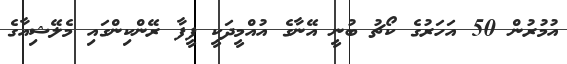
އުމުރުން 50 އަހަރުގެ ކޯޗު ބުނީ އޭނާގެ އުއްމީދަކީ ފީފާ ރޭންކިންގައި މެލޭޝިއާގެ